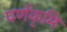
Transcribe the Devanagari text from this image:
पर्णकृमि